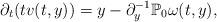
LaTeX: \begin{align*}\partial_t(tv(t,y))=y-\partial_y^{-1}\mathbb{P}_0\omega(t,y),\end{align*}